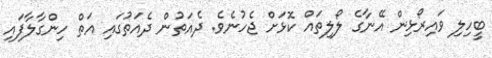
ބީހިލި ވައިރޯޅިން އޭނާގެ ލޯލިތައް ކޮޅަށް ޖެހުނެވެ. ދެއަތުން ދެއަތުގައި އަތް ހިންގާލާފައި